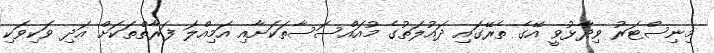
މިނިސްޓަރު ވިދާޅުވީ އޭގެ ތެރޭގައި ދައުލަތުގެ މުއައްސަސާތަކަށާއި އަމިއްލަ ފަރާތްތަކަށް އަދި ވަކިވަކި